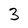
Character: 3